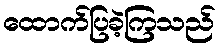
ထောက်ပြခဲ့ကြသည်